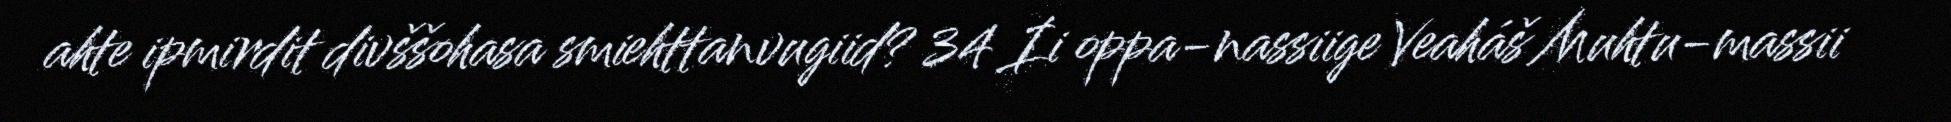
ahte ipmirdit divššohasa smiehttanvugiid? 34 Ii oppa-nassiige Veaháš Muhtu-massii